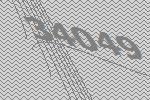
34049